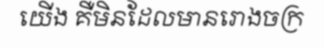
យើង គឺមិនដែលមានរោងចក្រ